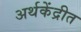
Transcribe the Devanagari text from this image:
अर्थकेंद्रीत